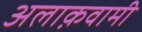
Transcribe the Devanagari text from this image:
अलाक़वामी